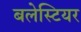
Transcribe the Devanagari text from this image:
बलेस्टियर